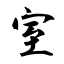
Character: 室